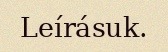
Leírásuk.